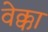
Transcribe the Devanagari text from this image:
वेक्का